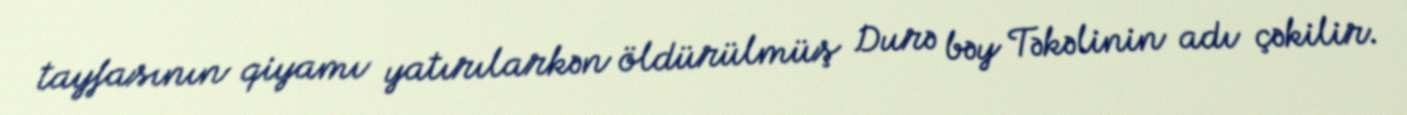
tayfasının qiyamı yatırılarkən öldürülmüş Durə bəy Təkəlinin adı çəkilir.